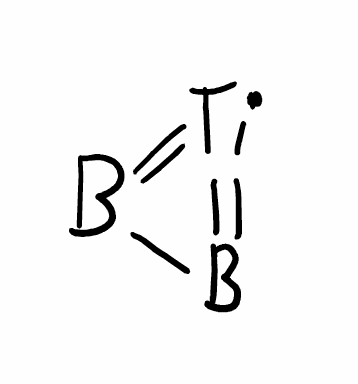
Simplified molecular-input line-entry system (SMILES) notation of the given molecule:
B1=[Ti]=B1